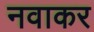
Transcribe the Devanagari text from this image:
नवाकर